Indian journal of veterinary science and animal husbandry - Volumes 24-25, 1954-1955
Year: 1954
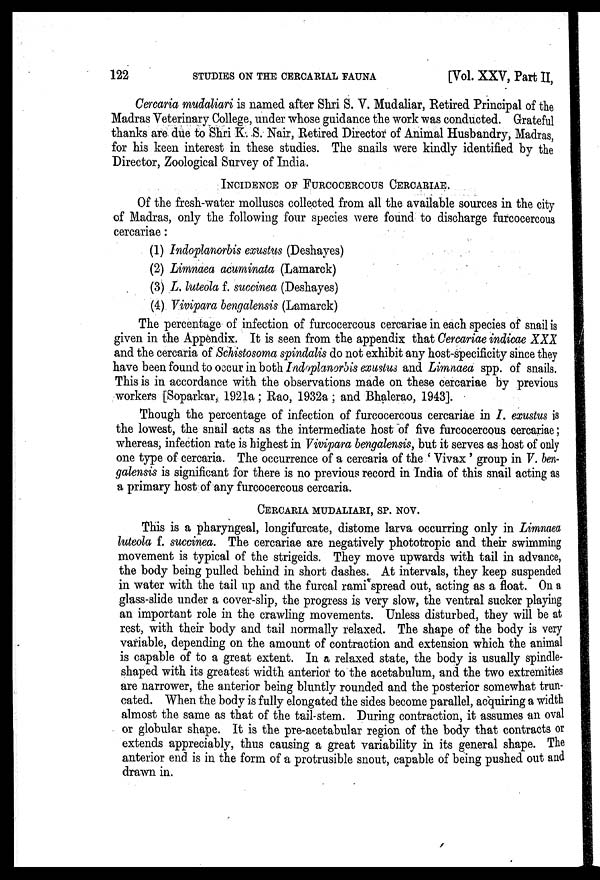
122
STUDIES ON THE CERCARIAL FAUNA
[Vol. XXV, Part II,
Cercaria mudaliari is named after Shri S. V. Mudaliar, Retired Principal of the
Madras Veterinary College, under whose guidance the work was conducted. Grateful
thanks are due to Shri K. S. Nair, Retired Director of Animal Husbandry, Madras,
for his keen interest in these studies. The snails were kindly identified by the
Director, Zoological Survey of India.
INCIDENCE OF FURCOCERCOUS CERCARIAE.
Of the fresh-water molluscs collected from all the available sources in the city
of Madras, only the following four species were found to discharge furcocercous
cercariae:
(1) Indoplanorbis exustus (Deshayes)
(2) Limnaea acuminata (Lamarck)
(3) L. luteola f. succinea (Deshayes)
(4) Vivipara bengalensis (Lamarck)
The percentage of infection of furcocercous cercariae in each species of snail is
given in the Appendix. It is seen from the appendix that Cercariae indicae XXX
and the cercaria of Schistosoma spindalis do not exhibit any host-specificity since they
have been found to occur in both Indoplanorbis exustus and Limnaea spp. of snails.
This is in accordance with the observations made on these cercariae by previous
workers [Soparkar, 1921a; Rao, 1932a; and Bhalerao, 1943].
Though the percentage of infection of furcocercous cercariae in I. exustus is
the lowest, the snail acts as the intermediate host of five furcocercous cercariae;
whereas, infection rate is highest in Vivipara bengalensis, but it serves as host of only
one type of cercaria. The occurrence of a cercaria of the ' Vivax ' group in V. ben-
galensis is significant for there is no previous record in India of this snail acting as
a primary host of any furcocercous cercaria.
CERCARIA MUDALIARI, SP. NOV.
This is a pharyngeal, longifurcate, distome larva occurring only in Limnaea
luteola f. succinea. The cercariae are negatively phototropic and their swimming
movement is typical of the strigeids. They move upwards with tail in advance,
the body being pulled behind in short dashes. At intervals, they keep suspended
in water with the tail up and the furcal rami spread out, acting as a float. On a
glass-slide under a cover-slip, the progress is very slow, the ventral sucker playing
an important role in the crawling movements. Unless disturbed, they will be at
rest, with their body and tail normally relaxed. The shape of the body is very
variable, depending on the amount of contraction and extension which the animal
is capable of to a great extent. In a relaxed state, the body is usually spindle-
shaped with its greatest width anterior to the acetabulum, and the two extremities
are narrower, the anterior being bluntly rounded and the posterior somewhat trun-
cated. When the body is fully elongated the sides become parallel, acquiring a width
almost the same as that of the tail-stem. During contraction, it assumes an oval
or globular shape. It is the pre-acetabular region of the body that contracts or
extends appreciably, thus causing a great variability in its general shape. The
anterior end is in the form of a protrusible snout, capable of being pushed out and
drawn in.